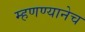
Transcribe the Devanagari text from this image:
म्हणण्यानेच